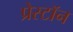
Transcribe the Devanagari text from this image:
प्रेस्टॉन